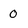
Character: 0